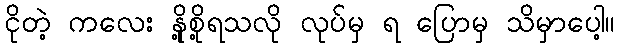
ငိုတဲ့ ကလေး နို့စို့ရသလို လုပ်မှ ရ ပြောမှ သိမှာပေါ့။